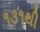
૧૩૧થી